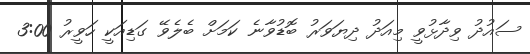
ސައުދު ވިދާޅުވީ މިއަދު ދިޔަވަރު ބޮޑުވާނެ ކަމަށް ބެލެވޭ ގަޑިއަކީ ހަވީރު 3:00